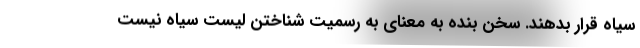
سیاه قرار بدهند. سخن بنده به معنای به رسمیت‌ شناختن لیست سیاه نیست